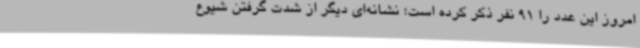
امروز این عدد را 91 نفر ذکر کرده است؛ نشانه‌ای دیگر از شدت گرفتن شیوع